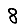
Digit: 8